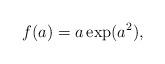
LaTeX: \begin{align*}\begin{aligned}f(a)=a \exp(a^{2}),\end{aligned}\end{align*}